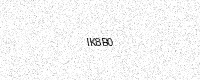
Text: IK8B0